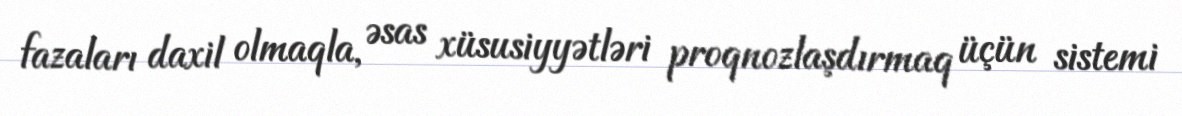
fazaları daxil olmaqla, əsas xüsusiyyətləri proqnozlaşdırmaq üçün sistemi